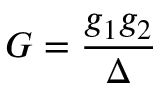
G = \frac { g _ { 1 } g _ { 2 } } { \Delta }